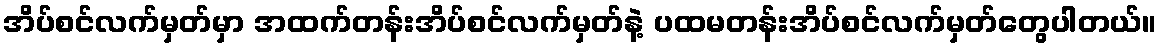
အိပ်စင်လက်မှတ်မှာ အထက်တန်းအိပ်စင်လက်မှတ်နဲ့ ပထမတန်းအိပ်စင်လက်မှတ်တွေပါတယ်။